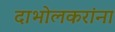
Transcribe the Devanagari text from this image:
दाभोलकरांना